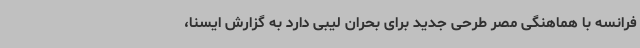
فرانسه با هماهنگی مصر طرحی جدید برای بحران لیبی دارد به گزارش ایسنا،